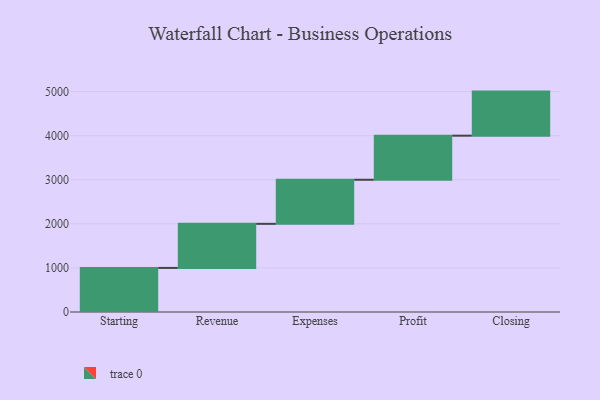
{"axis": {"x": "Step", "y": "Value"}, "legend": [""], "data": [{"x": "Starting", "y": 1000, "type": ""}, {"x": "Revenue", "y": 1000, "type": ""}, {"x": "Expenses", "y": 1000, "type": ""}, {"x": "Profit", "y": 1000, "type": ""}, {"x": "Closing", "y": 1000, "type": ""}]}